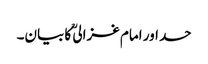
حسد اور امام غزالیؒ کا بیان۔